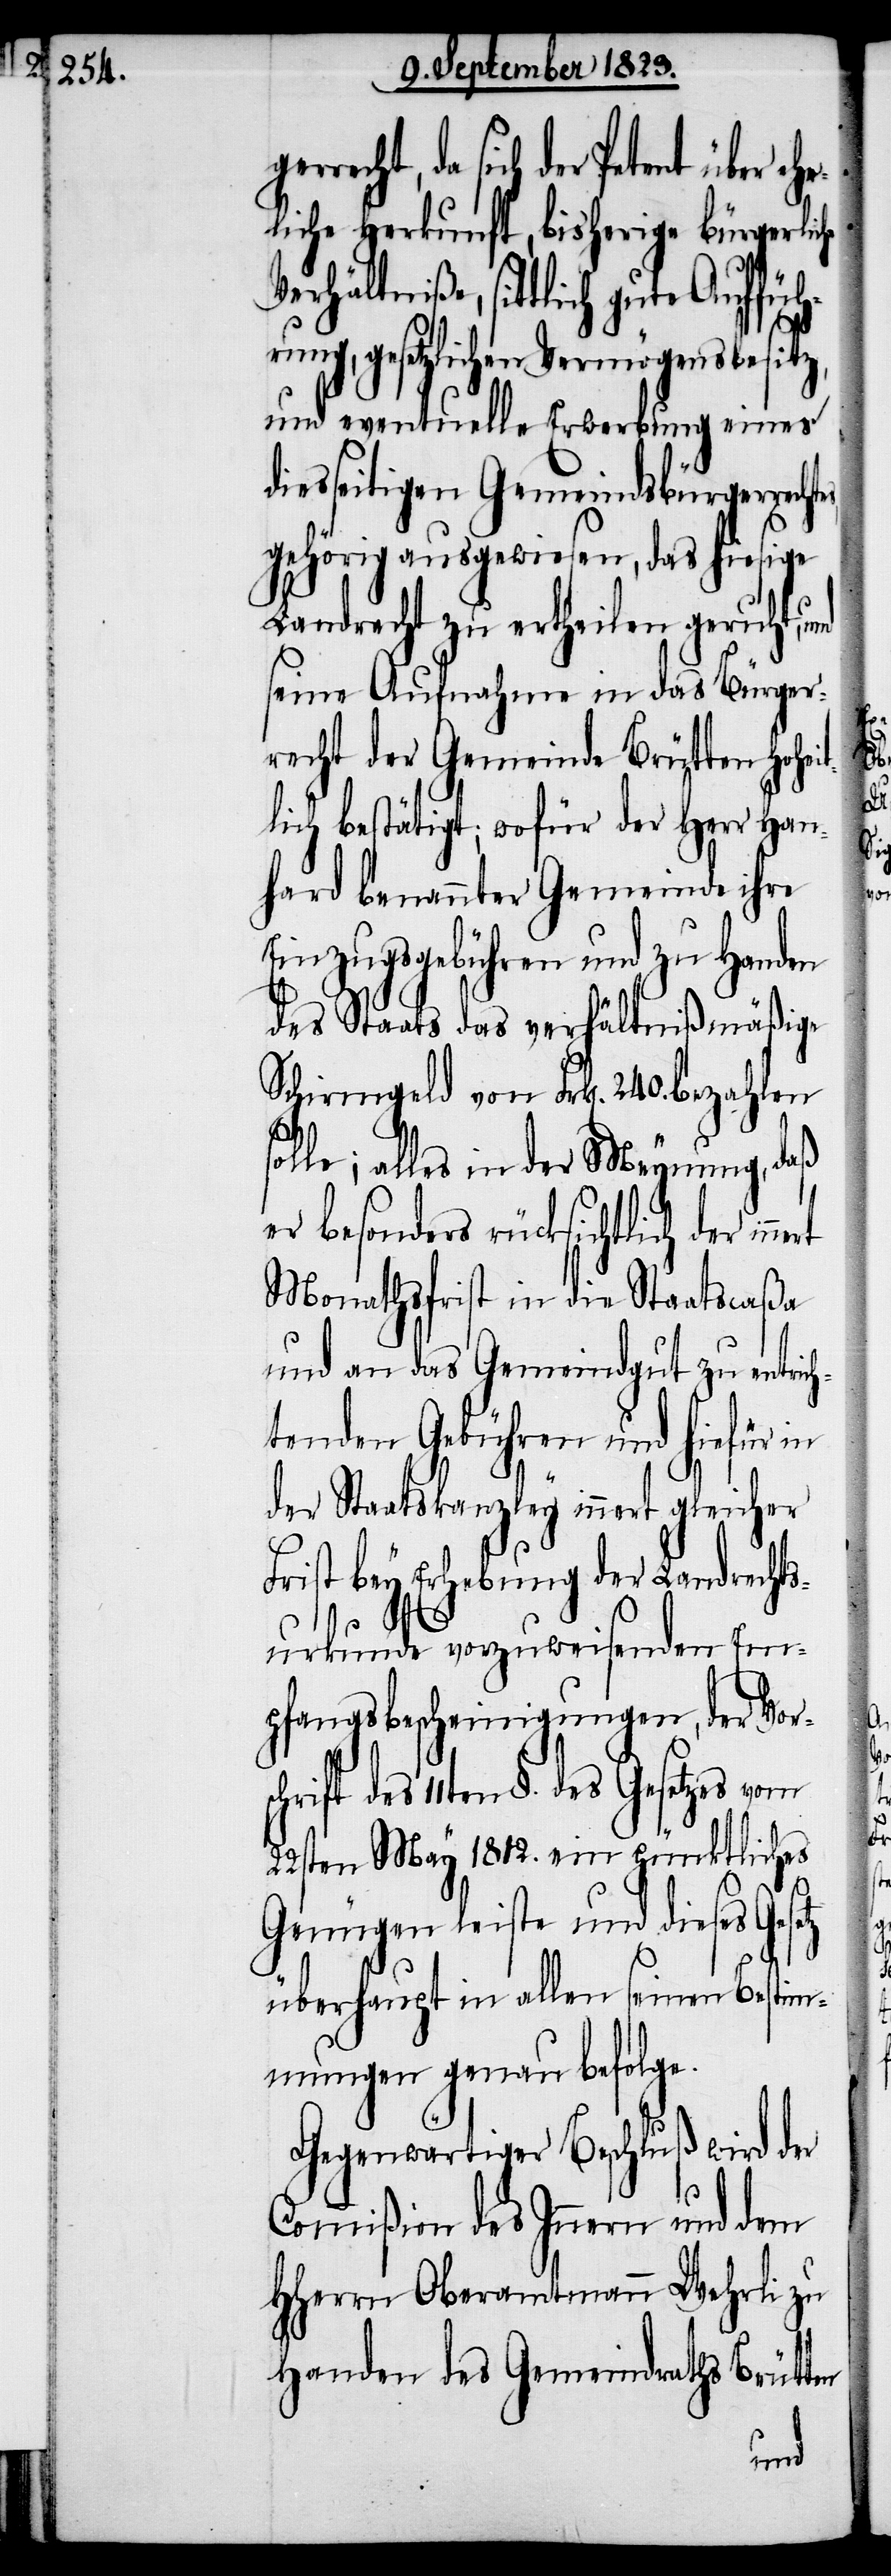
schrift

recht, da sich der Petent über e¬
liche Herkunft, bisherige bürgerlic¬
Verhältniße, sittlich gute
gesetzlichen Vermögensbesitz,
und eventuelle Erwerbung eines
diesseitigen Gemeindsbürgerrecht¬
es gehörig ausgewiesen, das hiesige
Landrecht zu ertheilen geruht, und
seine Aufnahme in das Bürger¬
recht der Gemeinde Brütten Hohe¬
lich bestätigt; wofür der Herr Han¬
hard benannter Gemeinde ihre
Einzugsgebühren und zu Handen
des Staats das verhältnißmäßige
Schirmgeld von Frk[en]. 240. bezahlen
alles in der Meynung, daß
er besonders rücksichtlich der
Monathsfrist in die Staatscaßa
und an das Gemeindgut zu entric¬
htenden Gebühren und hiefür in
der Staatskanzley innert gleicher
Frist bey Erhebung der Landrechts¬
urkunde vorzuweisenden Em¬
pfangsbescheinigungen, der Vor¬
des 11ten §. des Gesetzes vom
22sten May 1812. ein pünktliches
Genügen leiste und dieses Gesetz
überhaupt in allen seinen Bestim¬
mungen genau befolge.
Gegenwärtiger Beschluß wird der
Commißion des Innern und dem
HHerrn Oberamtmann Wehrli zu
Handen des Gemeindraths Brütten
it¬